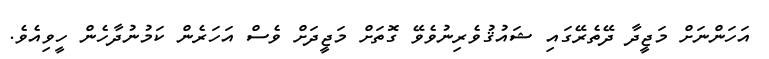
އަހަންނަށް މަޖީދާ ދޭތެރޭގައި ޝައުޤުވެރިނުވެވޭ ގޮތަށް މަޖީދަށް ވެސް އަހަރެން ކަމުނުދާހެން ހީވިއެވެ.